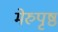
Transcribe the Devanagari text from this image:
मेरुपृष्ठ